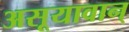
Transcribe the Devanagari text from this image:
असूयावान्